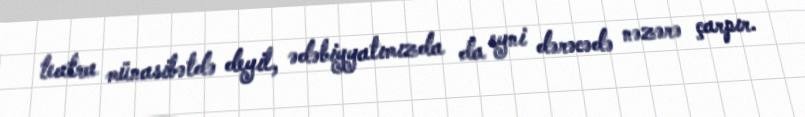
teatra münasibətdə deyil, ədəbiyyatımızda da eyni dərəcədə nəzərə çarpır.